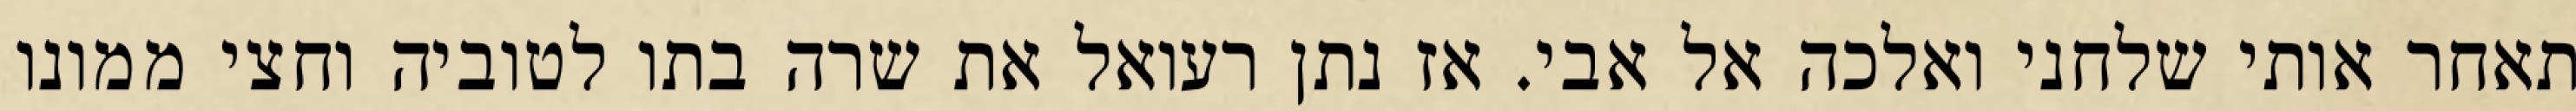
תאחר אותי שלחני ואלכה אל אבי. אז נתן רעואל את שרה בתו לטוביה וחצי ממונו